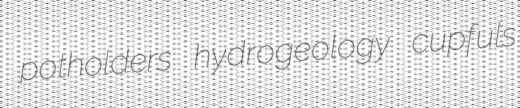
potholders hydrogeology cupfuls